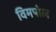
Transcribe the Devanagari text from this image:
विमपोल